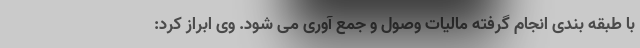
با طبقه بندی انجام گرفته مالیات وصول و جمع آوری می شود. وی ابراز کرد: